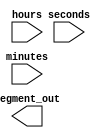
module display_driver(
    input [5:0] seconds, minutes,
    input [4:0] hours,
    output [7:0] segment_out  // Simplified for demonstration
);
    // Simple example for a single 7-segment decoder; expand for full display
    always @(seconds, minutes, hours) begin
        // Assign segment_out based on time values
        // This is a placeholder - implement based on specific display logic
    end
endmodule